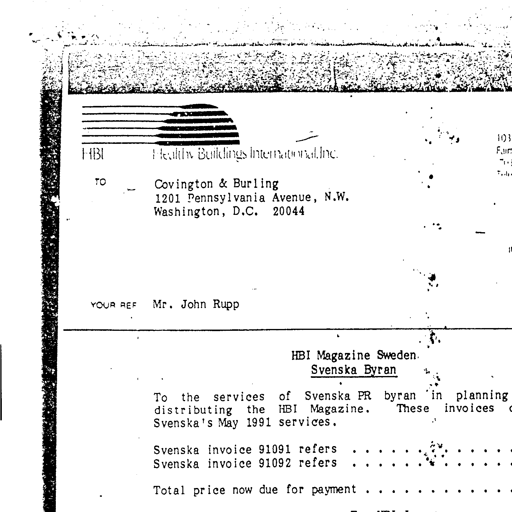
HBI Healthy Buildings International, Inc.
TO
Covington & Burling
1201 Pennsylvania Avenue, N.W.
Washington, D.C. 20044
YOUR REF
Mr. John Rupp
HBI Magazine Sweden.
Svenska Byran
To the services of Svenska PR byran in planning
distributing the HBI Magazine. These invoices
Svenska's May 1991 services.
Svenska invoice 91091 refers . . . . . . . . . . . .
Svenska invoice 91092 refers . . . . . . . . . . . .
Total price now due for payment . . . . . . . . . . .